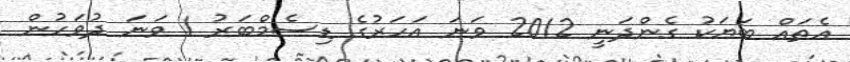
އެތައް ބަޔަކު ގެންދަނީ 2012 ވަނަ އަހަރުގެ ޑިސެމްބަރު 1 ވަނަ ދުވަހުން